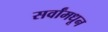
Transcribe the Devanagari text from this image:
सर्वांमधून